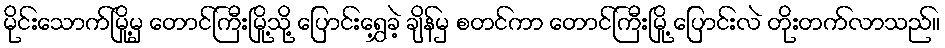
မိုင်းသောက်မြို့မှ တောင်ကြီးမြို့သို့ ပြောင်းရွှေ့ခဲ့ ချိန်မှ စတင်ကာ တောင်ကြီးမြို့ ပြောင်းလဲ တိုးတက်လာသည်။